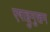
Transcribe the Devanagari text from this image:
एषाट्टुमुखम